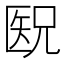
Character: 𫧕